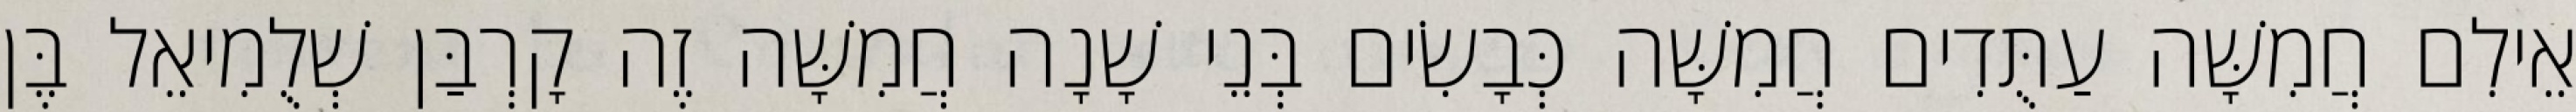
אֵילִם חֲמִשָּׁה עַתֻּדִים חֲמִשָּׁה כְּבָשִׂים בְּנֵי שָׁנָה חֲמִשָּׁה זֶה קָרְבַּן שְׁלֻמִיאֵל בֶּן